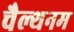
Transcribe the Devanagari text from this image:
चैल्थनम